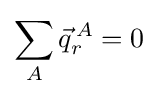
\sum _{A}{\vec {q}}_{r}^{\,A}=0